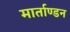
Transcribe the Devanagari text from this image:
मार्ताण्डन